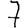
Digit: 7